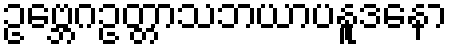
ဥဗ္ဘေဂဥတ္တာသဘယာပနူဒနော